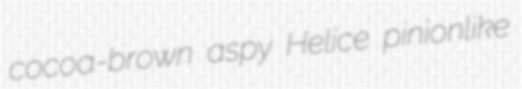
cocoa-brown aspy Helice pinionlike